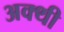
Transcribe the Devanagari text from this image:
अक्थी